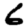
Digit: 6